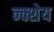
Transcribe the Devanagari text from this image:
न्क्शेय